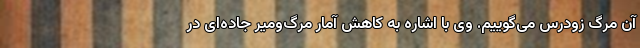
آن مرگ زودرس می‌گوییم. وی با اشاره به کاهش آمار مرگ‌ومیر جاده‌ای در